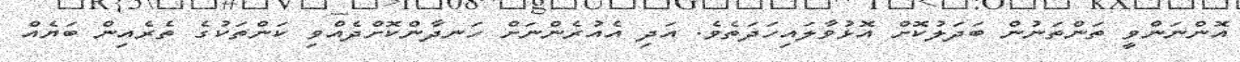
އޮންނަންވީ ތަންތަނުން ބަދަލުކޮށް އޮޅުވާލައިހަދަތެވެ. އަދި އެއުރެންނަށް ހަނދާންކޮށްދެއްވި ކަންތަކުގެ ތެރެއިން ބަޔެއް